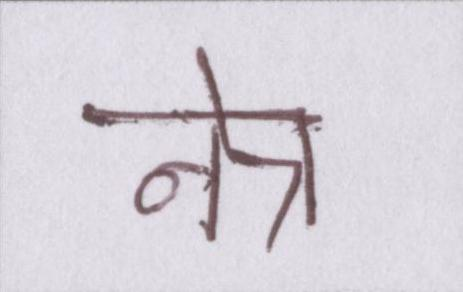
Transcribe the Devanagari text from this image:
नेत्र